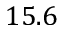
1 5 . 6